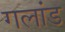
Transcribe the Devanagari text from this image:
गलांड